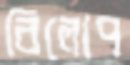
বিলোপ